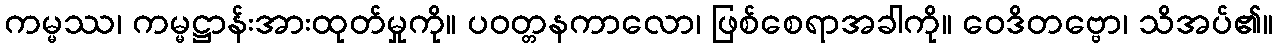
ကမ္မဿ၊ ကမ္မဋ္ဌာန်းအားထုတ်မှုကို။ ပဝတ္တနကာလော၊ ဖြစ်စေရာအခါကို။ ဝေဒိတဗ္ဗော၊ သိအပ်၏။